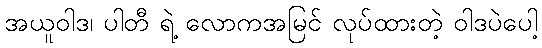
အယူဝါဒ၊ ပါတီ ရဲ့ လောကအမြင် လုပ်ထားတဲ့ ဝါဒပဲပေါ့